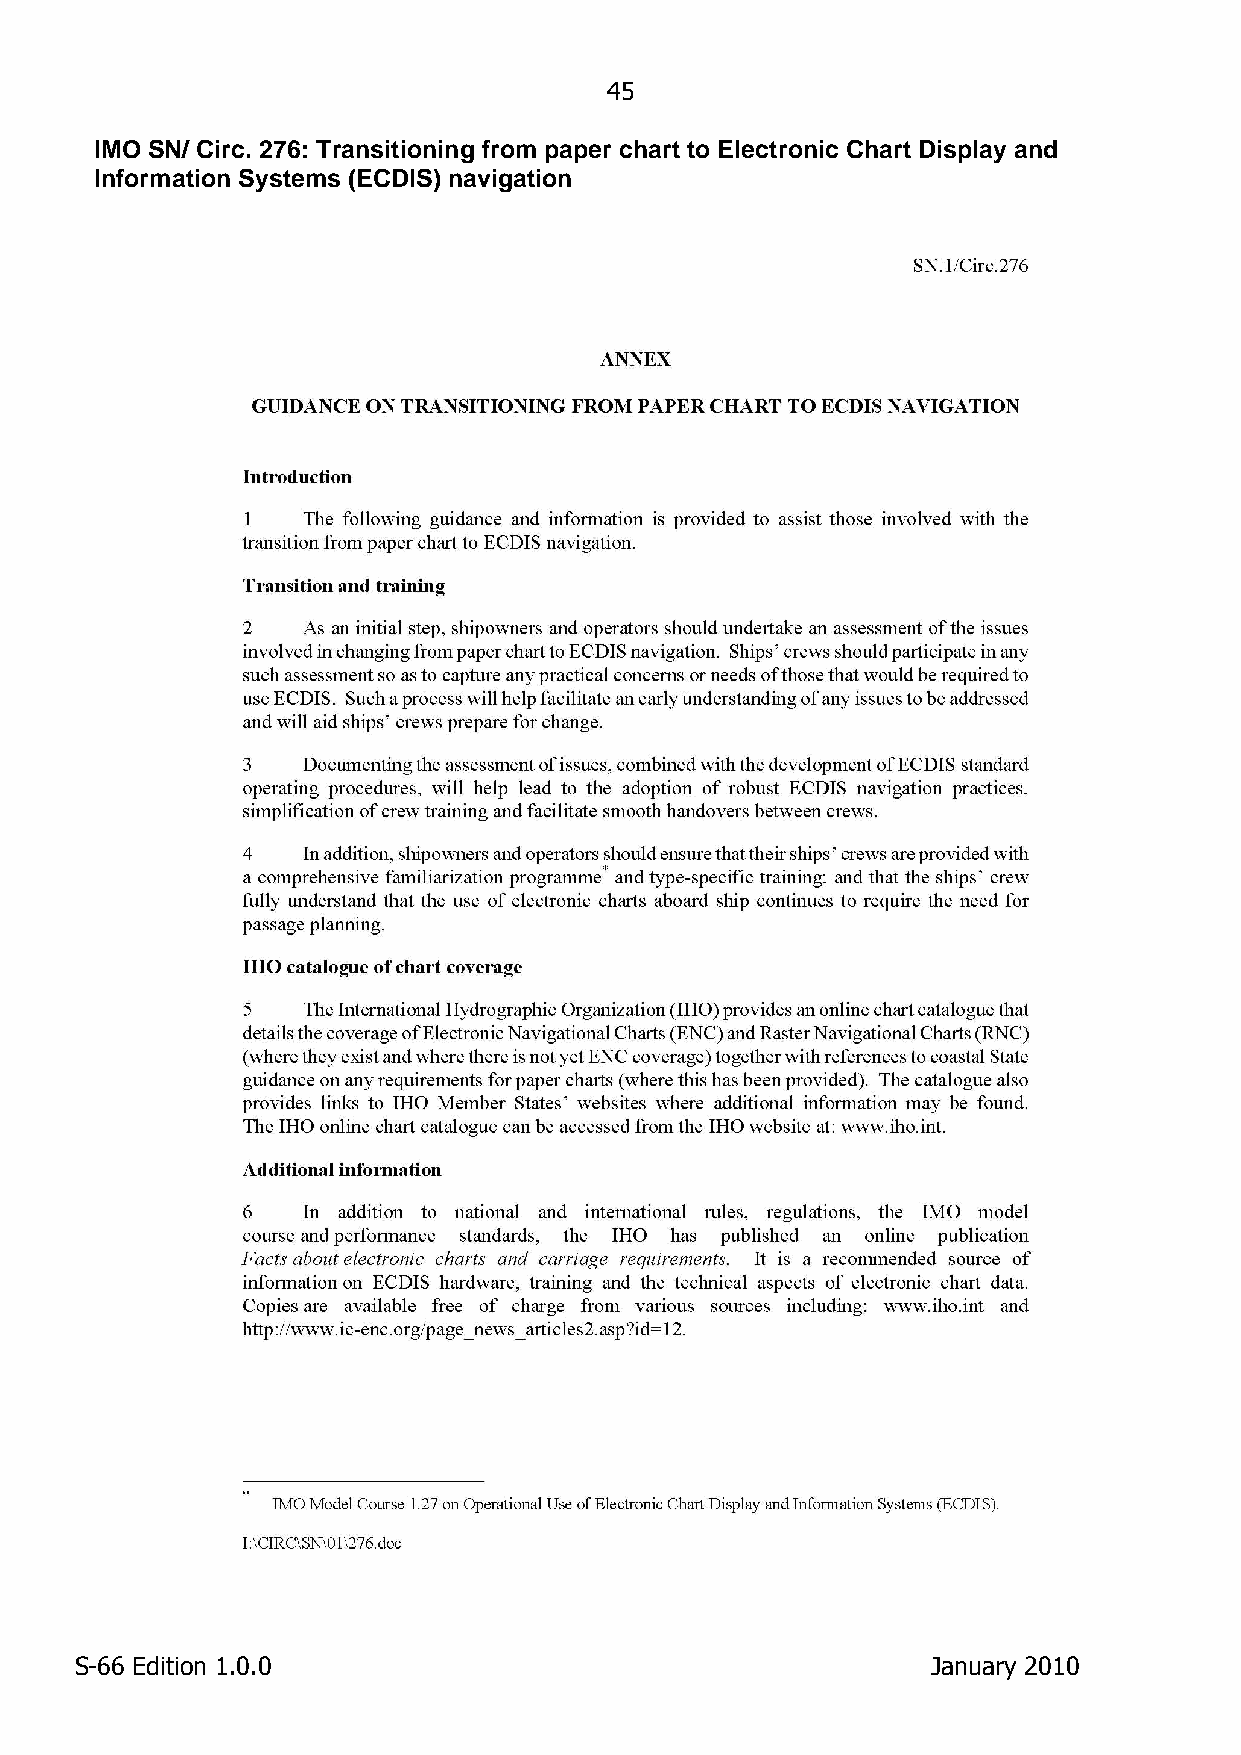
45
 IMO SN/ Circ. 276: Transitioning from paper chart to Electronic Chart Display and
 Information Systems (ECDIS) navigation
 S-66 Edition 1.0.0                                       January 2010